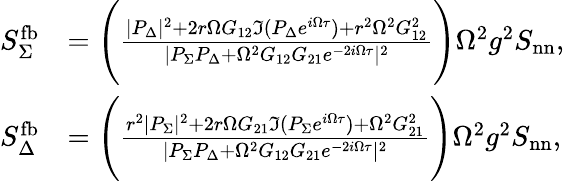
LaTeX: \begin{array}{rl}{S_{\Sigma}^{\mathrm{fb}}}&{=\Bigg(\frac{|P_{\Delta}|^{2}+2r\Omega G_{12}\Im(P_{\Delta}e^{i\Omega\tau})+r^{2}\Omega^{2}G_{12}^{2}}{|P_{\Sigma}P_{\Delta}+\Omega^{2}G_{12}G_{21}e^{-2i\Omega\tau}|^{2}}\Bigg)\Omega^{2}g^{2}S_{\mathrm{nn}},}\\ {S_{\Delta}^{\mathrm{fb}}}&{=\Bigg(\frac{r^{2}|P_{\Sigma}|^{2}+2r\Omega G_{21}\Im(P_{\Sigma}e^{i\Omega\tau})+\Omega^{2}G_{21}^{2}}{|P_{\Sigma}P_{\Delta}+\Omega^{2}G_{12}G_{21}e^{-2i\Omega\tau}|^{2}}\Bigg)\Omega^{2}g^{2}S_{\mathrm{nn}},}\end{array}